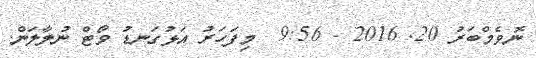
ނޮވެމްބަރު 20